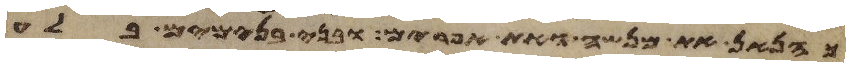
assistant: כהנאן את מנשה ואת אפרים ובני בנימים בלע